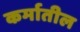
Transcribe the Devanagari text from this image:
कर्मातील